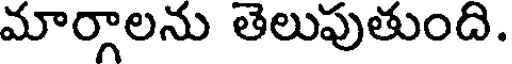
మార్గాలను తెలుపుతుంది.